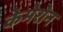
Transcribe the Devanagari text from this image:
केमेरोन